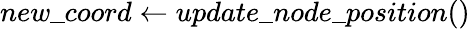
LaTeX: new\textunderscore coord\gets update\textunderscore node\textunderscore position()